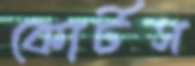
কোর্টস